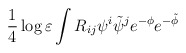
\begin{align*}\frac14\log\varepsilon \int R_{ij}\psi^i\tilde\psi^je^{-\phi}e^{-\tilde\phi}\end{align*}